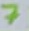
Text: 7